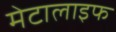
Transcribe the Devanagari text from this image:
मेटालाइफ